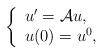
LaTeX: \begin{align*} \left\{\begin{array}{l}u' =\mathcal{A} u,\\u(0)=u^{0},\,\end{array}\right.\end{align*}